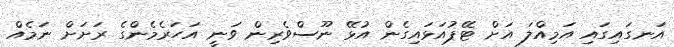
އަނގައިގައި އަމިއްލަ އަށް ޓޭޕުއަޅައިގެން އުޅޭ ނޫސްވެރިން ވަނީ އަހަރެމެންގެ ރަށަށް ނަމެއް